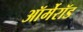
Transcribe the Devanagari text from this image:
ऑर्मेरॉड